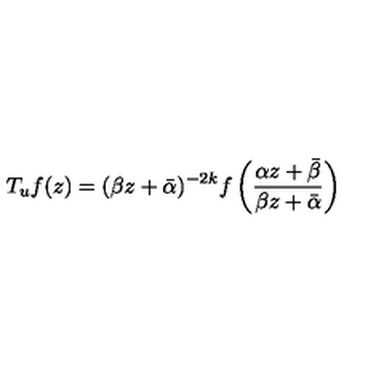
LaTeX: T _ { u } f ( z ) = ( \beta z + \bar { \alpha } ) ^ { - 2 k } f \left( \frac { \alpha z + \bar { \beta } } { \beta z + \bar { \alpha } } \right)